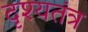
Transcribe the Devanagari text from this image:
दृश्यतंत्र